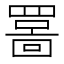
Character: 𫅊